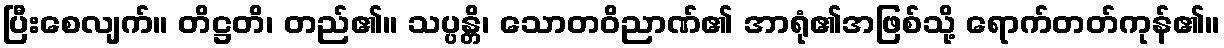
ပြီးစေလျက်။ တိဋ္ဌတိ၊ တည်၏။ သပ္ပန္တိ၊ သောတဝိညာဏ်၏ အာရုံ၏အဖြစ်သို့ ရောက်တတ်ကုန်၏။